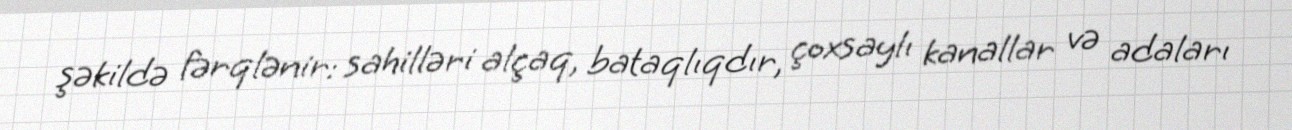
şəkildə fərqlənir: sahilləri alçaq, bataqlıqdır, çoxsaylı kanallar və adaları